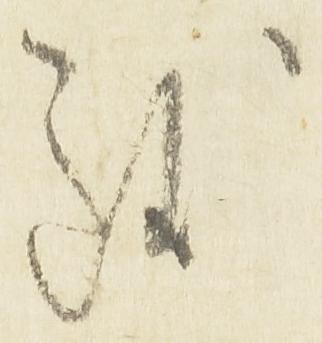
致